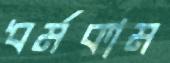
ধর্মকাম